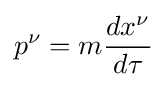
p^{\nu }=m{\frac {dx^{\nu }}{d\tau }}